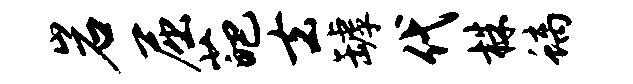
岩屈葩去罅代株螭